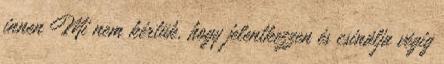
innen Mi nem kértük, hogy jelentkezzen és csinálja végig